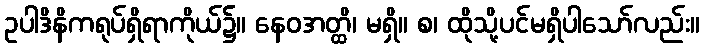
ဥပါဒိနိကရုပ်ရှိရာကိုယ်၌။ နေဝအတ္ထိ၊ မရှိ။ စ၊ ထိုသို့ပင်မရှိပါသော်လည်း။